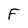
Character: F